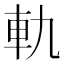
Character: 軌